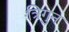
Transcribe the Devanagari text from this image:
त्रिगुन